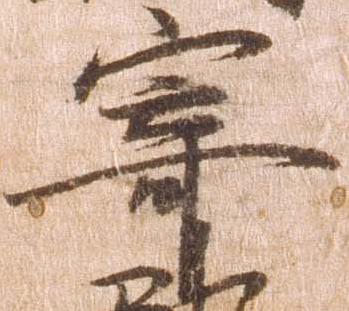
寄